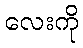
လေးကို